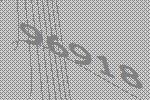
96918